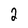
Character: 2